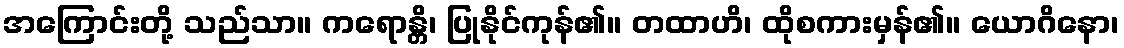
အကြောင်းတို့ သည်သာ။ ကရောန္တိ၊ ပြုနိုင်ကုန်၏။ တထာဟိ၊ ထိုစကားမှန်၏။ ယောဂိနော၊